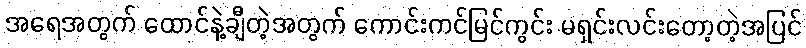
အရေအတွက် ထောင်နဲ့ချီတဲ့အတွက် ကောင်းကင်မြင်ကွင်း မရှင်းလင်းတော့တဲ့အပြင်